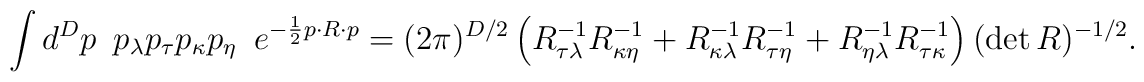
\int d^Dp\,\,\,        p_{\lambda}p_{\tau}p_{\kappa}p_{\eta}\,\,\,        e^{-\frac{1}{2}p\cdot R\cdot p}    =    (2\pi)^{D/2}    \left(        R^{-1}_{{\tau}{\lambda}}            R^{-1}_{{\kappa}{\eta}}        +R^{-1}_{{\kappa}{\lambda}}            R^{-1}_{{\tau}{\eta}}        +R^{-1}_{{\eta}{\lambda}}            R^{-1}_{{\tau}{\kappa}}    \right)        (\det R)^{-1/2}.\nonumber\\